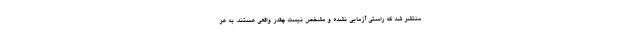
منتشر شد که راستی آزمایی نشده و مشخص نیست چقدر واقعی هستند. به هر